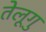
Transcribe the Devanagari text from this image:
तेलूगु